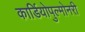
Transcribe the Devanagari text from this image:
कार्डियोपुल्मोनरी